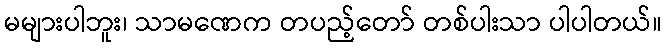
မများပါဘူး၊ သာမဏေက တပည့်တော် တစ်ပါးသာ ပါပါတယ်။